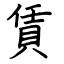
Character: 賃